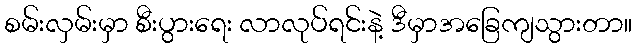
စမ်းလှမ်းမှာ စီးပွားရေး လာလုပ်ရင်းနဲ့ ဒီမှာအခြေကျသွားတာ။